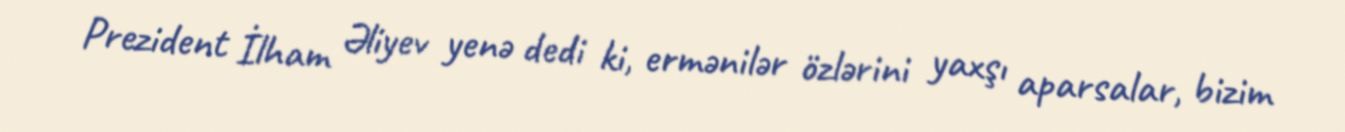
Prezident İlham Əliyev yenə dedi ki, ermənilər özlərini yaxşı aparsalar, bizim